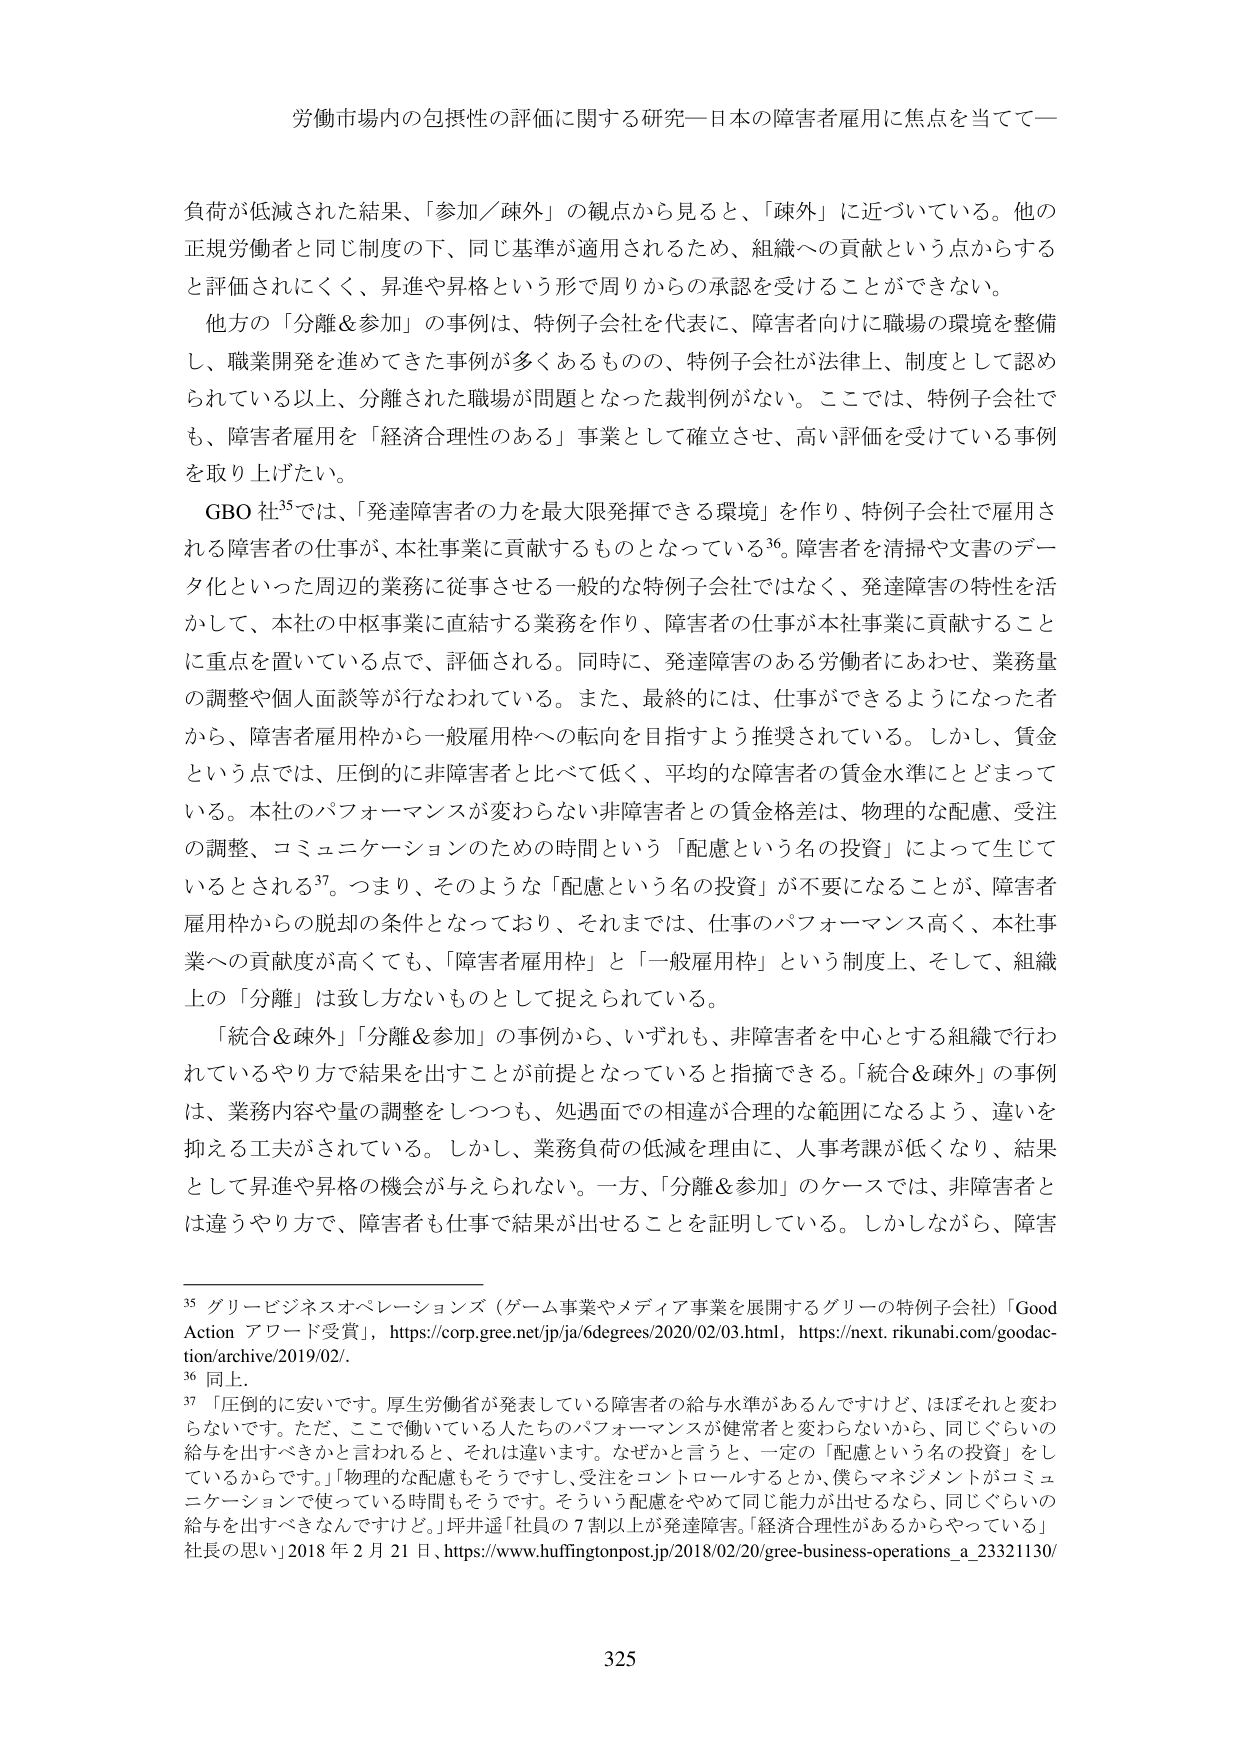
労働市場内の包摂性の評価に関する研究―日本の障害者雇用に焦点を当てて―

負荷が低減された結果、「参加／疎外」の観点から見ると、「疎外」に近づいている。他の正規労働者と同じ制度の下、同じ基準が適用されるため、組織への貢献という点からすると評価されにくく、昇進や昇格という形で周りからの承認を受けることができない。

他方の「分離＆参加」の事例は、特例子会社を代表に、障害者向けに職場の環境を整備し、職業開発を進めてきた事例が多くあるものの、特例子会社が法律上、制度として認められている以上、分離された職場が問題となった裁判例がない。ここでは、特例子会社でも、障害者雇用を「経済合理性のある」事業として確立させ、高い評価を受けている事例を取り上げたい。

GBO 社35では、「発達障害者の力を最大限発揮できる環境」を作り、特例子会社で雇用される障害者の仕事が、本社事業に貢献するものとなっている36。障害者を清掃や文書のデータ化といった周辺的業務に従事させる一般的な特例子会社ではなく、発達障害の特性を活かして、本社の中核事業に直結する業務を作り、障害者の仕事が本社事業に貢献することに重点を置いている点で、評価される。同時に、発達障害のある労働者にあわせ、業務量の調整や個人面談等が行なわれている。また、最終的には、仕事ができるようになった者から、障害者雇用枠から一般雇用枠への転向を目指すよう推奨されている。しかし、賃金という点では、圧倒的に非障害者と比べて低く、平均的な障害者の賃金水準にとどまっている。本社のパフォーマンスが変わらない非障害者との賃金格差は、物理的な配慮、受注の調整、コミュニケーションのための時間という「配慮という名の投資」によって生じているとされる37。つまり、そのような「配慮という名の投資」が不要になることが、障害者雇用枠からの脱却の条件となっており、それまでは、仕事のパフォーマンス高く、本社事業への貢献度が高くても、「障害者雇用枠」と「一般雇用枠」という制度上、そして、組織上の「分離」は致し方ないものとして捉えられている。

「統合＆疎外」「分離＆参加」の事例から、いずれも、非障害者を中心とする組織で行われているやり方で結果を出すことが前提となっていると指摘できる。「統合＆疎外」の事例は、業務内容や量の調整をしつつも、処遇面での相違が合理的な範囲になるよう、違いを抑える工夫がされている。しかし、業務負荷の低減を理由に、人事考課が低くなり、結果として昇進や昇格の機会が与えられない。一方、「分離＆参加」のケースでは、非障害者とは違うやり方で、障害者も仕事で結果が出せることを証明している。しかしながら、障害

35 グリービジネスオペレーションズ（ゲーム事業やメディア事業を展開するグリーの特例子会社）「Good Action アワード受賞」，https://corp.gree.net/jp/ja/6degrees/2020/02/03.html，https://next.rikunabi.com/goodaction/archive/2019/02/.

36 同上.

37 「圧倒的に安いです。厚生労働省が発表している障害者の給与水準があるんですけど、ほぼそれと変わらないです。ただ、ここで働いている人たちのパフォーマンスが健常者と変わらないから、同じぐらいの給与を出すべきかと言われると、それは違います。なぜかと言うと、一定の「配慮という名の投資」をしているからです。」「物理的な配慮もそうですし、受注をコントロールするとか、僕らマネジメントがコミュニケーションに使っている時間もそうです。そういう配慮をやめて同じ能力が出せるなら、同じぐらいの給与を出すべきなんですけど。」坪井遥「社員の７割以上が発達障害。「経済合理性があるからやっている」社長の思い」2018 年 2 月 21 日、https://www.huffingtonpost.jp/2018/02/20/gree-business-operations_a_23321130/

325